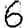
Digit: 6